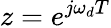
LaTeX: z=e^{j\omega_{d}T}